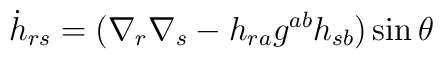
{\dot h}_{rs}=(\nabla_r\nabla_s-h_{ra}g^{ab}h_{sb}) \sin\theta